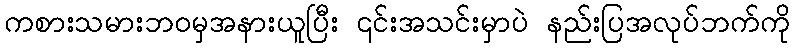
ကစားသမားဘဝမှအနားယူပြီး ၎င်းအသင်းမှာပဲ နည်းပြအလုပ်ဘက်ကို